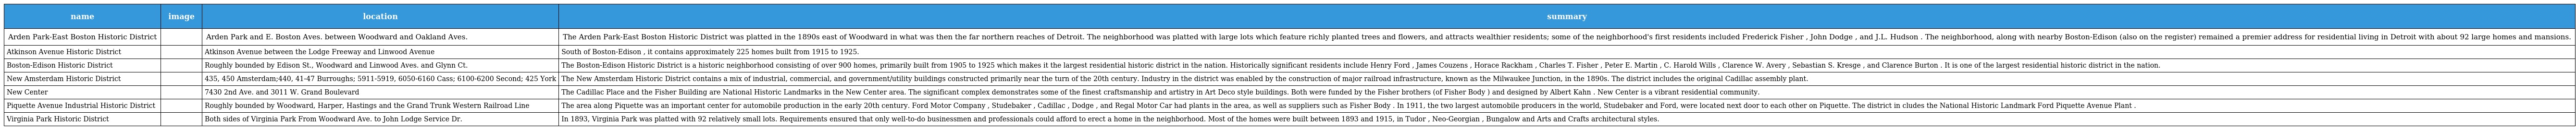
| name | image | location | summary |
 | --- | --- | --- | --- |
 | Arden Park-East Boston Historic District |  | Arden Park and E. Boston Aves. between Woodward and Oakland Aves. | The Arden Park-East Boston Historic District was platted in the 1890s east of Woodward in what was then the far northern reaches of Detroit. The neighborhood was platted with large lots which feature richly planted trees and flowers, and attracts wealthier residents; some of the neighborhood's first residents included Frederick Fisher , John Dodge , and J.L. Hudson . The neighborhood, along with nearby Boston-Edison (also on the register) remained a premier address for residential living in Detroit with about 92 large homes and mansions. |
 | Atkinson Avenue Historic District |  | Atkinson Avenue between the Lodge Freeway and Linwood Avenue | South of Boston-Edison , it contains approximately 225 homes built from 1915 to 1925. |
 | Boston-Edison Historic District |  | Roughly bounded by Edison St., Woodward and Linwood Aves. and Glynn Ct. | The Boston-Edison Historic District is a historic neighborhood consisting of over 900 homes, primarily built from 1905 to 1925 which makes it the largest residential historic district in the nation. Historically significant residents include Henry Ford , James Couzens , Horace Rackham , Charles T. Fisher , Peter E. Martin , C. Harold Wills , Clarence W. Avery , Sebastian S. Kresge , and Clarence Burton . It is one of the largest residential historic district in the nation. |
 | New Amsterdam Historic District |  | 435, 450 Amsterdam;440, 41-47 Burroughs; 5911-5919, 6050-6160 Cass; 6100-6200 Second; 425 York | The New Amsterdam Historic District contains a mix of industrial, commercial, and government/utility buildings constructed primarily near the turn of the 20th century. Industry in the district was enabled by the construction of major railroad infrastructure, known as the Milwaukee Junction, in the 1890s. The district includes the original Cadillac assembly plant. |
 | New Center |  | 7430 2nd Ave. and 3011 W. Grand Boulevard | The Cadillac Place and the Fisher Building are National Historic Landmarks in the New Center area. The significant complex demonstrates some of the finest craftsmanship and artistry in Art Deco style buildings. Both were funded by the Fisher brothers (of Fisher Body ) and designed by Albert Kahn . New Center is a vibrant residential community. |
 | Piquette Avenue Industrial Historic District |  | Roughly bounded by Woodward, Harper, Hastings and the Grand Trunk Western Railroad Line | The area along Piquette was an important center for automobile production in the early 20th century. Ford Motor Company , Studebaker , Cadillac , Dodge , and Regal Motor Car had plants in the area, as well as suppliers such as Fisher Body . In 1911, the two largest automobile producers in the world, Studebaker and Ford, were located next door to each other on Piquette. The district in cludes the National Historic Landmark Ford Piquette Avenue Plant . |
 | Virginia Park Historic District |  | Both sides of Virginia Park From Woodward Ave. to John Lodge Service Dr. | In 1893, Virginia Park was platted with 92 relatively small lots. Requirements ensured that only well-to-do businessmen and professionals could afford to erect a home in the neighborhood. Most of the homes were built between 1893 and 1915, in Tudor , Neo-Georgian , Bungalow and Arts and Crafts architectural styles. |